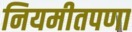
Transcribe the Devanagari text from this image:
नियमीतपणा